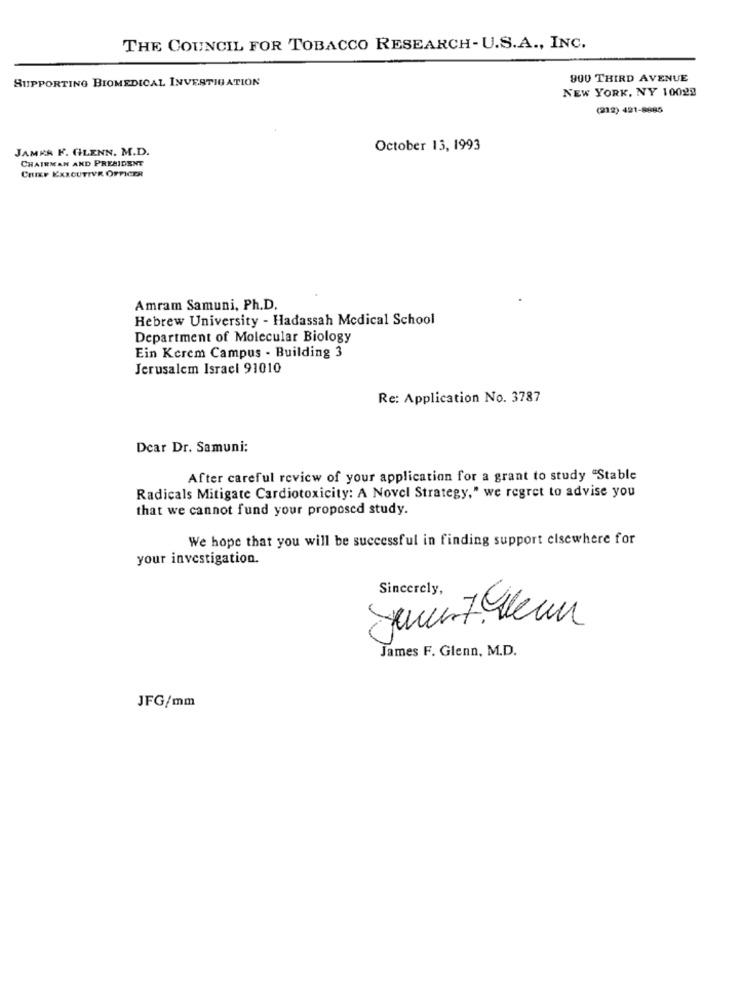
THE COUNCIL FOR TOBACCO RESEARCH-U.S.A ., INC.
SUPPORTING BIOMEDICAL INVESTIGATION
900 THIRD AVENUE
NEW YORK, NY 10022
(212) 421-8685
JAMKA F. GILENN. M.D.
October 13, 1993
CHAIRMAN AND PRESIDENT
CHIEF EXECUTIVE OFFICER
Amram Samuni, Ph.D.
Hebrew University - Hadassah Medical School
Department of Molecular Biology
Ein Kerem Campus - Building 3
Jerusalem Israel 91010
Re: Application No. 3787
Dcar Dr. Samuni:
After careful review of your application for a grant to study "Stable
Radicals Mitigate Cardiotoxicity: A Novel Strategy," we regret to advise you
that we cannot fund your proposed study.
We hope that you will be successful in finding support elsewhere for
your investigation.
Sincerely,
Juin7. Wenn
James F. Glenn, M.D.
JFG/mm